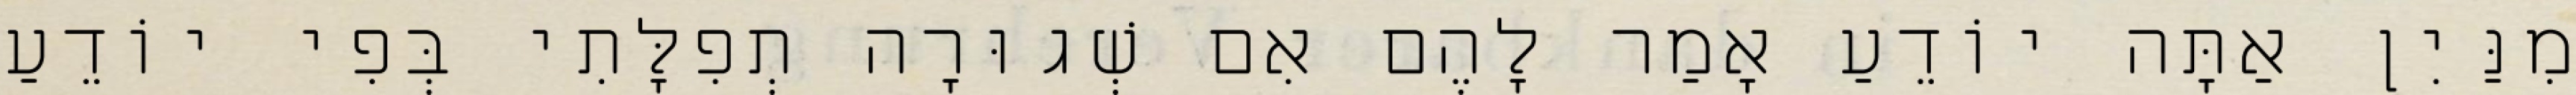
מִנַּיִן אַתָּה יוֹדֵעַ אָמַר לָהֶם אִם שְׁגוּרָה תְפִלָּתִי בְּפִי יוֹדֵעַ